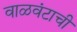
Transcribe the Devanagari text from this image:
वाळवंटाची